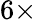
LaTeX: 6\times